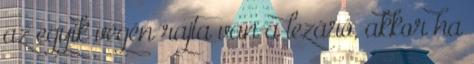
az egyik végén rajta van a lezáró, akkor ha